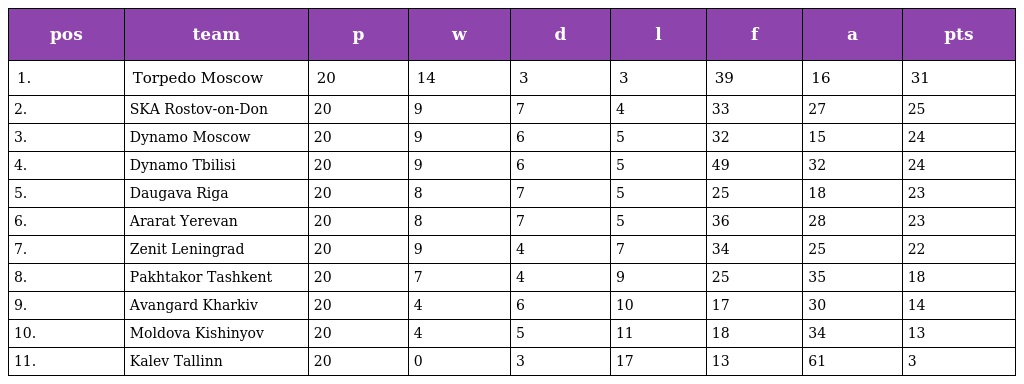
| pos | team | p | w | d | l | f | a | pts |
 | --- | --- | --- | --- | --- | --- | --- | --- | --- |
 | 1. | Torpedo Moscow | 20 | 14 | 3 | 3 | 39 | 16 | 31 |
 | 2. | SKA Rostov-on-Don | 20 | 9 | 7 | 4 | 33 | 27 | 25 |
 | 3. | Dynamo Moscow | 20 | 9 | 6 | 5 | 32 | 15 | 24 |
 | 4. | Dynamo Tbilisi | 20 | 9 | 6 | 5 | 49 | 32 | 24 |
 | 5. | Daugava Riga | 20 | 8 | 7 | 5 | 25 | 18 | 23 |
 | 6. | Ararat Yerevan | 20 | 8 | 7 | 5 | 36 | 28 | 23 |
 | 7. | Zenit Leningrad | 20 | 9 | 4 | 7 | 34 | 25 | 22 |
 | 8. | Pakhtakor Tashkent | 20 | 7 | 4 | 9 | 25 | 35 | 18 |
 | 9. | Avangard Kharkiv | 20 | 4 | 6 | 10 | 17 | 30 | 14 |
 | 10. | Moldova Kishinyov | 20 | 4 | 5 | 11 | 18 | 34 | 13 |
 | 11. | Kalev Tallinn | 20 | 0 | 3 | 17 | 13 | 61 | 3 |